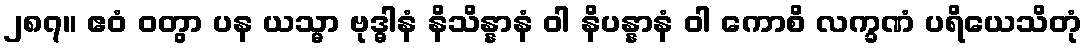
၂၈၇။ ဧဝံ ဝတွာ ပန ယသ္မာ ဗုဒ္ဓါနံ နိသိန္နာနံ ဝါ နိပန္နာနံ ဝါ ကောစိ လက္ခဏံ ပရိယေသိတုံ